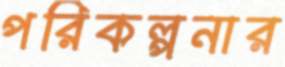
পরিকল্পনার